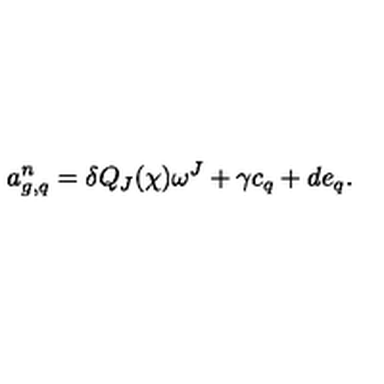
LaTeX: a _ { g , q } ^ { n } = \delta Q _ { J } ( \chi ) \omega ^ { J } + \gamma c _ { q } + d e _ { q } .